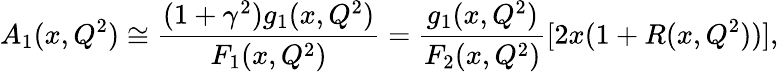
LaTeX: A_{1}(x,Q^{2})\cong\frac{(1+\gamma^{2})g_{1}(x,Q^{2})}{F_{1}(x,Q^{2})}=\frac{g_{1}(x,Q^{2})}{F_{2}(x,Q^{2})}[2x(1+R(x,Q^{2}))],